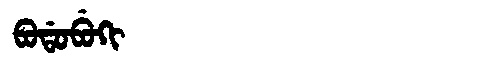
Manchu: ᠪᠣᡩᠣᠪᡠᡴᡳ
Romanization: BODOBUKI